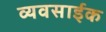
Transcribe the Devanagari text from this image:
व्यवसाईक